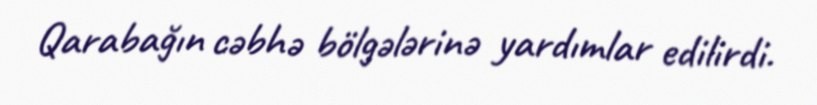
Qarabağın cəbhə bölgələrinə yardımlar edilirdi.